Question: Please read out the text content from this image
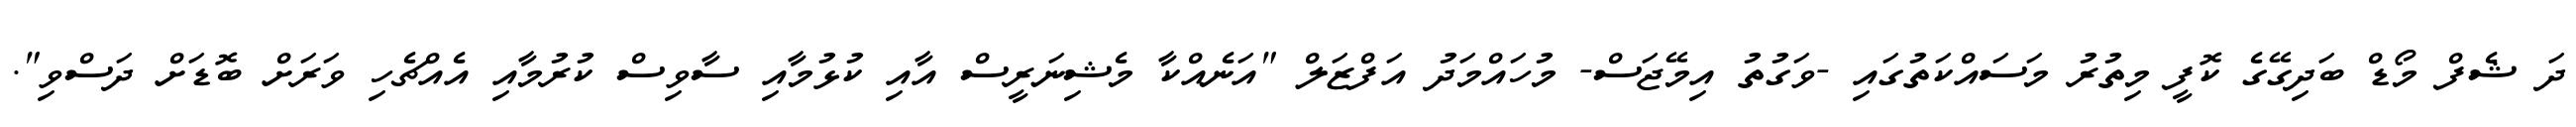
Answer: ދަ ޝެފް މޯޑް ބަދިގޭގެ ކޮފީ މިތުރު މަސައްކަތުގައި -ވަގުތު އިމޭޖަސް- މުހައްމަދު އަފްޒަލް "އަނެއްކާ މެޝިނަރީސް އާއި ކުޅުމާއި ސާވިސް ކުރުމާއި އެއްޗެހި ވަރަށް ބޮޑަށް ދަސްވި".